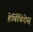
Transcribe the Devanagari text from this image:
हेर्बिचिदेस्